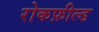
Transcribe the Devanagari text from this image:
रोकफ़ील्ड